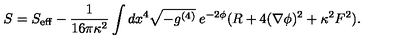
S = S _ { \mathrm { e f f } } - \frac { 1 } { 1 6 \pi \kappa ^ { 2 } } \int d x ^ { 4 } \sqrt { - g ^ { ( 4 ) } } \: e ^ { - 2 \phi } ( R + 4 ( \nabla \phi ) ^ { 2 } + \kappa ^ { 2 } F ^ { 2 } ) .